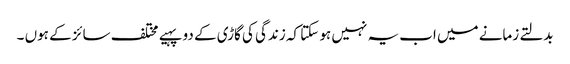
بدلتے زمانے میں اب یہ نہیں ہو سکتا کہ زندگی کی گاڑی کے دو پہیے مختلف سائز کے ہوں ۔